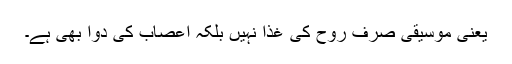
یعنی موسیقی صرف روح کی غذا نہیں بلکہ اعصاب کی دوا بھی ہے۔